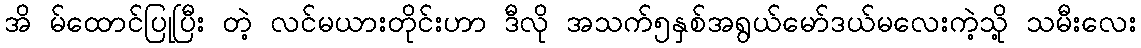
အိ မ်ထောင်ပြုပြီး တဲ့ လင်မယားတိုင်းဟာ ဒီလို အသက်၅နှစ်အရွယ်မော်ဒယ်မလေးကဲ့သို့ သမီးလေး